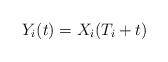
LaTeX: \begin{align*}Y_i(t)=X_i(T_i+t)\end{align*}